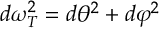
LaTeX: d \omega _ { T } ^ { 2 } = d \theta ^ { 2 } + d \varphi ^ { 2 }